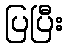
ပြပြီး